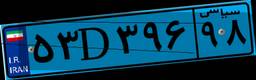
۹۷D۸۲۰۰۹